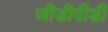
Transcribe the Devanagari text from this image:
जीडीपीडी